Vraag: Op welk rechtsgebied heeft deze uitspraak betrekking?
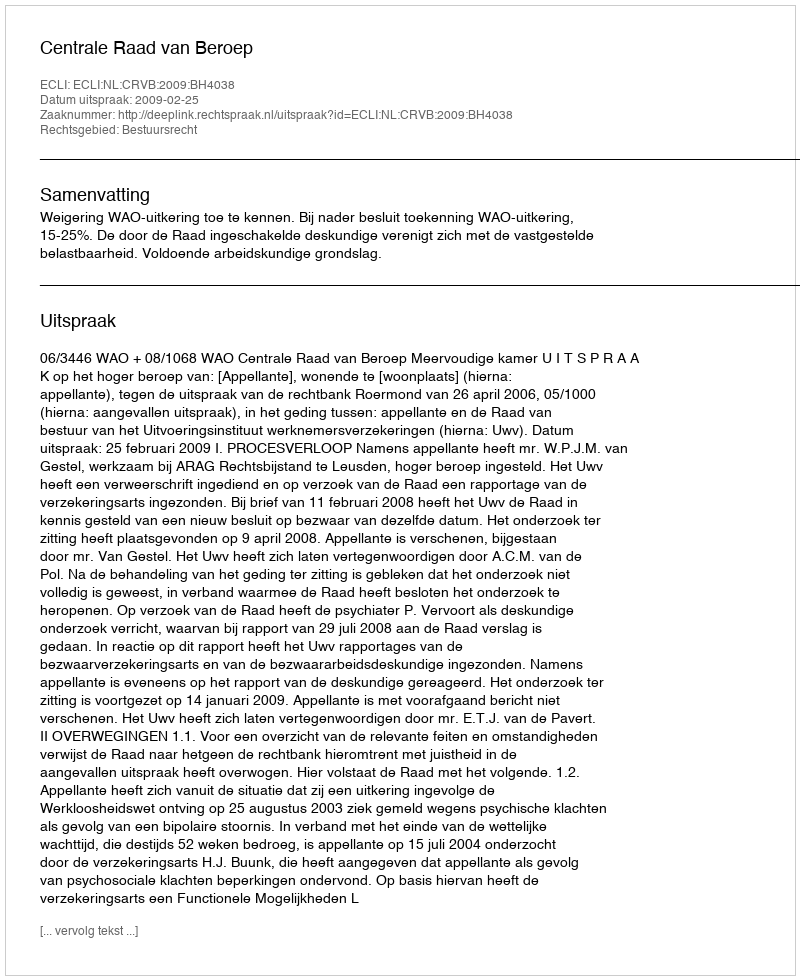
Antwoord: Bestuursrecht